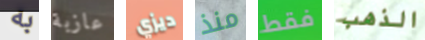
به عازبة ديزي منذ فقط الذهب